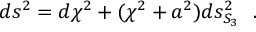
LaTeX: d s ^ { 2 } = d \chi ^ { 2 } + ( \chi ^ { 2 } + a ^ { 2 } ) d s _ { S _ { 3 } } ^ { 2 } ~ ~ .